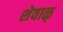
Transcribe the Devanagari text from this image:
शेवाळ्